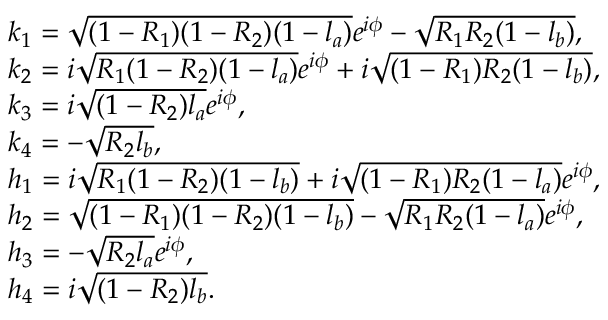
\begin{array} { r l r } & { k _ { 1 } = \sqrt { ( 1 - R _ { 1 } ) ( 1 - R _ { 2 } ) ( 1 - l _ { a } ) } e ^ { i \phi } - \sqrt { R _ { 1 } R _ { 2 } ( 1 - l _ { b } ) } , } & \\ & { k _ { 2 } = i \sqrt { R _ { 1 } ( 1 - R _ { 2 } ) ( 1 - l _ { a } ) } e ^ { i \phi } + i \sqrt { ( 1 - R _ { 1 } ) R _ { 2 } ( 1 - l _ { b } ) } , } & \\ & { k _ { 3 } = i \sqrt { ( 1 - R _ { 2 } ) l _ { a } } e ^ { i \phi } , } & \\ & { k _ { 4 } = - \sqrt { R _ { 2 } l _ { b } } , } & \\ & { h _ { 1 } = i \sqrt { R _ { 1 } ( 1 - R _ { 2 } ) ( 1 - l _ { b } ) } + i \sqrt { ( 1 - R _ { 1 } ) R _ { 2 } ( 1 - l _ { a } ) } e ^ { i \phi } , } & \\ & { h _ { 2 } = \sqrt { ( 1 - R _ { 1 } ) ( 1 - R _ { 2 } ) ( 1 - l _ { b } ) } - \sqrt { R _ { 1 } R _ { 2 } ( 1 - l _ { a } ) } e ^ { i \phi } , } & \\ & { h _ { 3 } = - \sqrt { R _ { 2 } l _ { a } } e ^ { i \phi } , } & \\ & { h _ { 4 } = i \sqrt { ( 1 - R _ { 2 } ) l _ { b } } . } & \end{array}